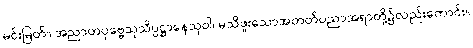
မင်းမြတ်။ အညာတပုဗ္ဗေသုသိပ္ပဋ္ဌာနေသုဝါ၊ မသိဖူးသောအတတ်ပညာအရာတို့၌လည်းကောင်း။